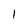
Character: l